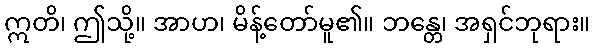
ဣတိ၊ ဤသို့။ အာဟ၊ မိန့်တော်မူ၏။ ဘန္တေ၊ အရှင်ဘုရား။